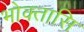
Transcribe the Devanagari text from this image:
भोक्तासि